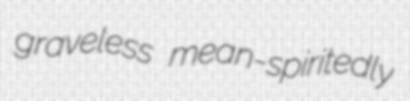
graveless mean-spiritedly